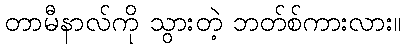
တာမီနာလ်ကို သွားတဲ့ ဘတ်စ်ကားလား။